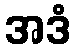
အဒံ